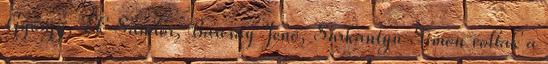
György, Ék Sándor, Barcsay Jenő, Sarkantyu Simon voltak a